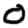
Digit: 0